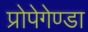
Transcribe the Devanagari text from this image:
प्रोपेगेण्डा